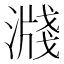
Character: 𣽖